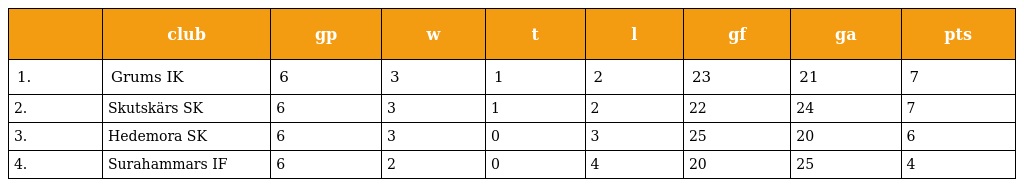
|  | club | gp | w | t | l | gf | ga | pts |
 | --- | --- | --- | --- | --- | --- | --- | --- | --- |
 | 1. | Grums IK | 6 | 3 | 1 | 2 | 23 | 21 | 7 |
 | 2. | Skutskärs SK | 6 | 3 | 1 | 2 | 22 | 24 | 7 |
 | 3. | Hedemora SK | 6 | 3 | 0 | 3 | 25 | 20 | 6 |
 | 4. | Surahammars IF | 6 | 2 | 0 | 4 | 20 | 25 | 4 |